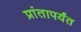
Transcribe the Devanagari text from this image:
प्रांतापर्यंत